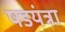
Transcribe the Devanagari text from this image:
षडयंत्रा